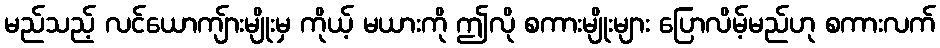
မည်သည့် လင်ယောကျ်ားမျိုးမှ ကိုယ့် မယားကို ဤလို စကားမျိုးများ ပြောလိမ့်မည်ဟု စကားလက်